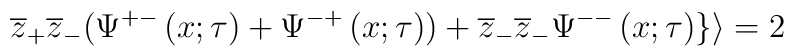
\overline{z}_{+}\overline{z}_{-}(\Psi ^{+-}\left( x;\tau \right) +\Psi^{-+}\left( x;\tau \right) )+\overline{z}_{-}\overline{z}_{-}\Psi^{--}\left( x;\tau \right) \}\rangle =2